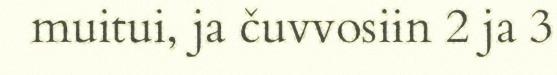
muitui, ja čuvvosiin 2 ja 3